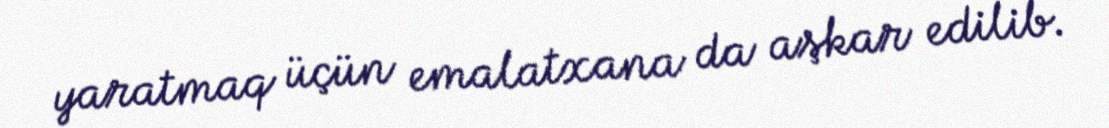
yaratmaq üçün emalatxana da aşkar edilib.